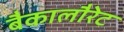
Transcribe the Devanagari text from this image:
बैकालौरेट